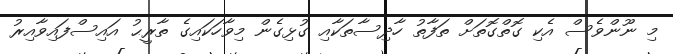
މި ނޫންވެސް އެކި ގޮތްގޮތަށް ތަފާތު ހާދިސާތަކާއި ގުޅިގެން މިވާހަކައިގެ ތާރީޙު އައިސްފައިވާއިރު